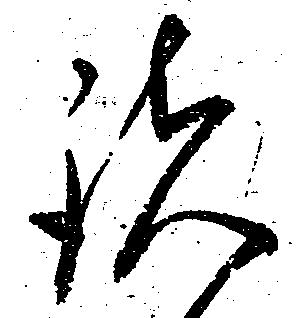
諸